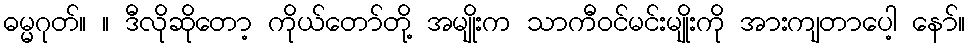
ဓမ္မဂုတ်။ ။ ဒီလိုဆိုတော့ ကိုယ်တော်တို့ အမျိုးက သာကီဝင်မင်းမျိုးကို အားကျတာပေါ့ နော်။